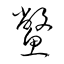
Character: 鱉